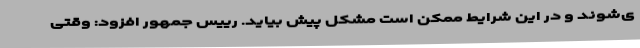
ی‌شوند و در این شرایط ممکن است مشکل پیش بیاید. رییس جمهور افزود: وقتی